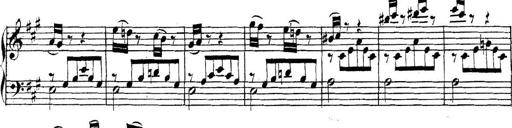
Title: Collected Piano Sonatas
Composer: Muzio Clementi